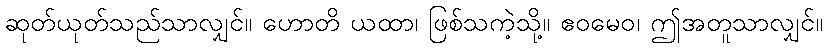
ဆုတ်ယုတ်သည်သာလျှင်။ ဟောတိ ယထာ၊ ဖြစ်သကဲ့သို့။ ဧဝမေဝ၊ ဤအတူသာလျှင်။